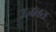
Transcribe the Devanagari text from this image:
उज़लत